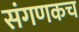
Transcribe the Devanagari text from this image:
संगणकच